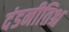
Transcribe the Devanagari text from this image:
दंडनीतिश्च